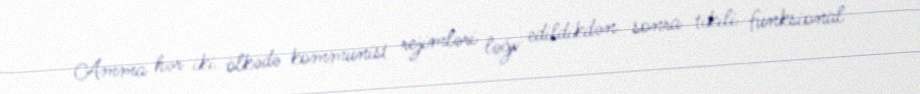
Amma hər iki ölkədə kommunist rejimləri ləğv edildikdən sonra tikili funksional